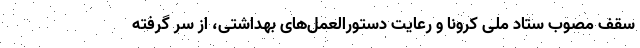
سقف مصوب ستاد ملی کرونا و رعایت دستورالعمل‌های بهداشتی، از سر گرفته